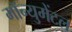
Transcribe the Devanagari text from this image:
मॉन्युमेंटल